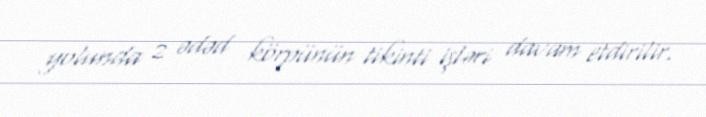
yolunda 2 ədəd körpünün tikinti işləri davam etdirilir.